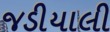
જડીયાલી